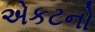
એકટનો